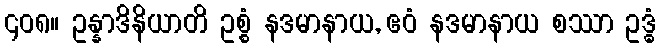
၄၀၈။ ဥန္နာဒိနိယာတိ ဥစ္စံ နဒမာနာယ, ဧဝံ နဒမာနာယ စဿာ ဥဒ္ဓံ